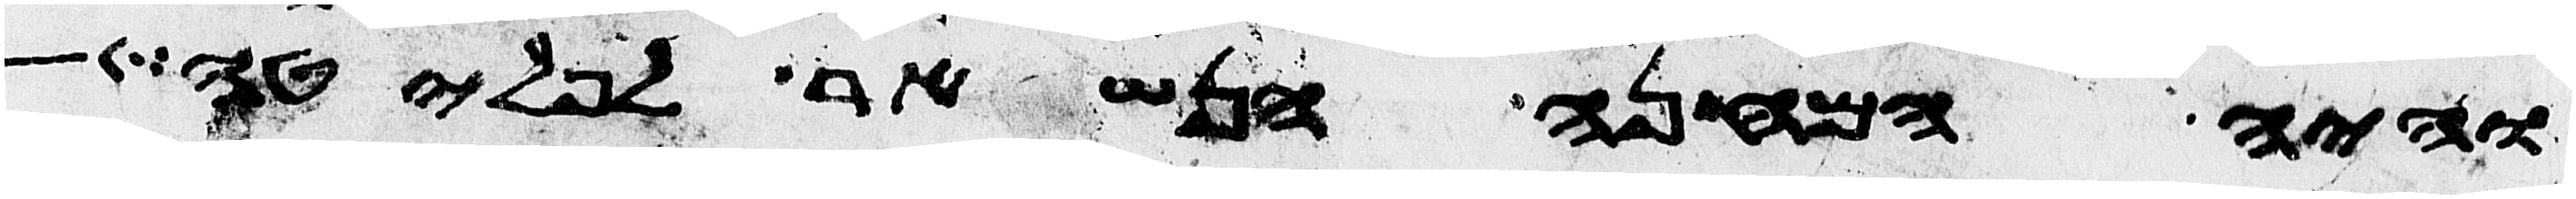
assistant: והיה המחנה הנשאר לפלטה